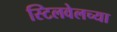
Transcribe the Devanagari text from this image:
स्टिलवेलच्या